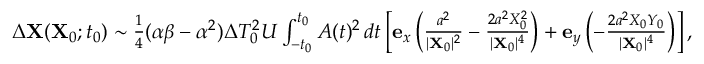
\begin{array} { r } { \Delta \mathbf { X } ( \mathbf { X } _ { 0 } ; t _ { 0 } ) \sim \frac { 1 } { 4 } ( \alpha \beta - \alpha ^ { 2 } ) \Delta T _ { 0 } ^ { 2 } U \int _ { - t _ { 0 } } ^ { t _ { 0 } } A ( t ) ^ { 2 } \, d t \left[ \mathbf { e } _ { x } \left( \frac { a ^ { 2 } } { \vert \mathbf { X } _ { 0 } \vert ^ { 2 } } - \frac { 2 a ^ { 2 } X _ { 0 } ^ { 2 } } { \vert \mathbf { X } _ { 0 } \vert ^ { 4 } } \right) + \mathbf { e } _ { y } \left( - \frac { 2 a ^ { 2 } X _ { 0 } Y _ { 0 } } { \vert \mathbf { X } _ { 0 } \vert ^ { 4 } } \right) \right] , } \end{array}